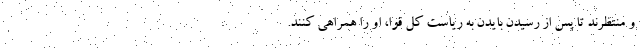
و منتظرند تا پس از رسیدن بایدن به ریاست کل قوا، او را همراهی کنند.